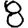
Digit: 8